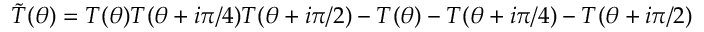
\tilde { T } ( \theta ) = T ( \theta ) T ( \theta + i \pi / 4 ) T ( \theta + i \pi / 2 ) - T ( \theta ) - T ( \theta + i \pi / 4 ) - T ( \theta + i \pi / 2 )